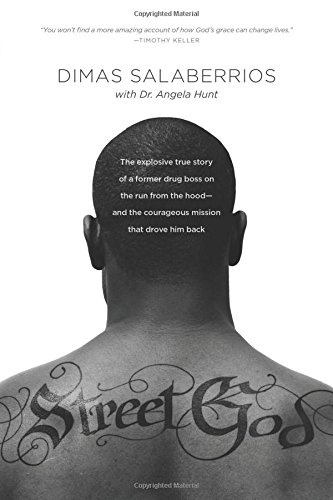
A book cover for Street God: The Explosive True Story of a Former Drug Boss on the Run from the Hood--and the Courageous Mission That Drove Him Back; Dimas Salaberrios; Christian Books & Bibles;